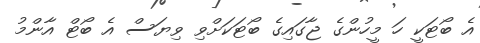
އެ ބޯޓަކީ ހަ މީހުންގެ ޖާގައިގެ ބޯޓަކަށްވި ވިޔަސް އެ ބޯޓް އާންމު